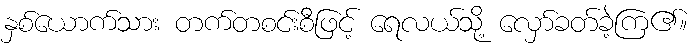
နှစ်ယောက်သား တက်တစင်းစီဖြင့် ရေလယ်သို့ လှော်ခတ်ခဲ့ကြ၏။